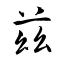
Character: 兹